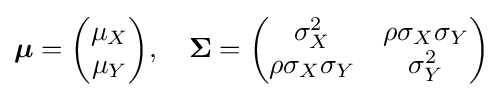
{\boldsymbol {\mu }}={\begin{pmatrix}\mu _{X}\\\mu _{Y}\end{pmatrix}},\quad {\boldsymbol {\Sigma }}={\begin{pmatrix}\sigma _{X}^{2}&\rho \sigma _{X}\sigma _{Y}\\\rho \sigma _{X}\sigma _{Y}&\sigma _{Y}^{2}\end{pmatrix}}